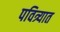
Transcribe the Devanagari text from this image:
पवित्र्यात